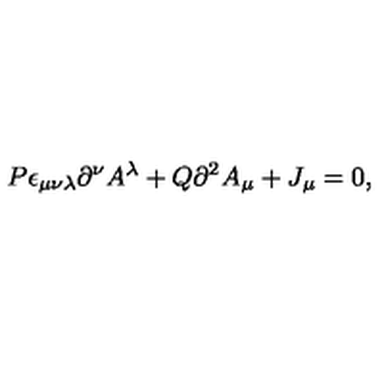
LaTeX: P \epsilon _ { \mu \nu \lambda } \partial ^ { \nu } A ^ { \lambda } + Q \partial ^ { 2 } A _ { \mu } + J _ { \mu } = 0 ,